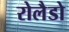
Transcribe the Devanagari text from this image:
रोलैडो